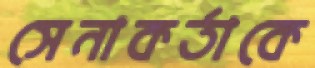
সেনাকর্তাকে